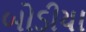
બોડીયા